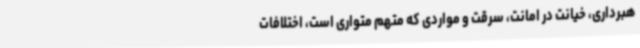
هبرداری، خیانت در امانت، سرقت و مواردی که متهم متواری است، اختلافات